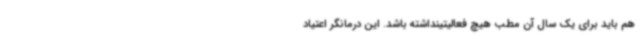
هم باید برای یک سال آن مطب هیچ فعالیتینداشته باشد. این درمانگر اعتیاد